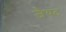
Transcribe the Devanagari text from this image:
जैयट